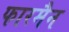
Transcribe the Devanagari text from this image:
फारमैन